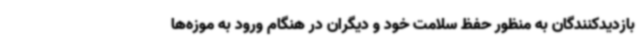
بازدیدکنندگان به منظور حفظ سلامت خود و دیگران در هنگام ورود به موزه‌ها